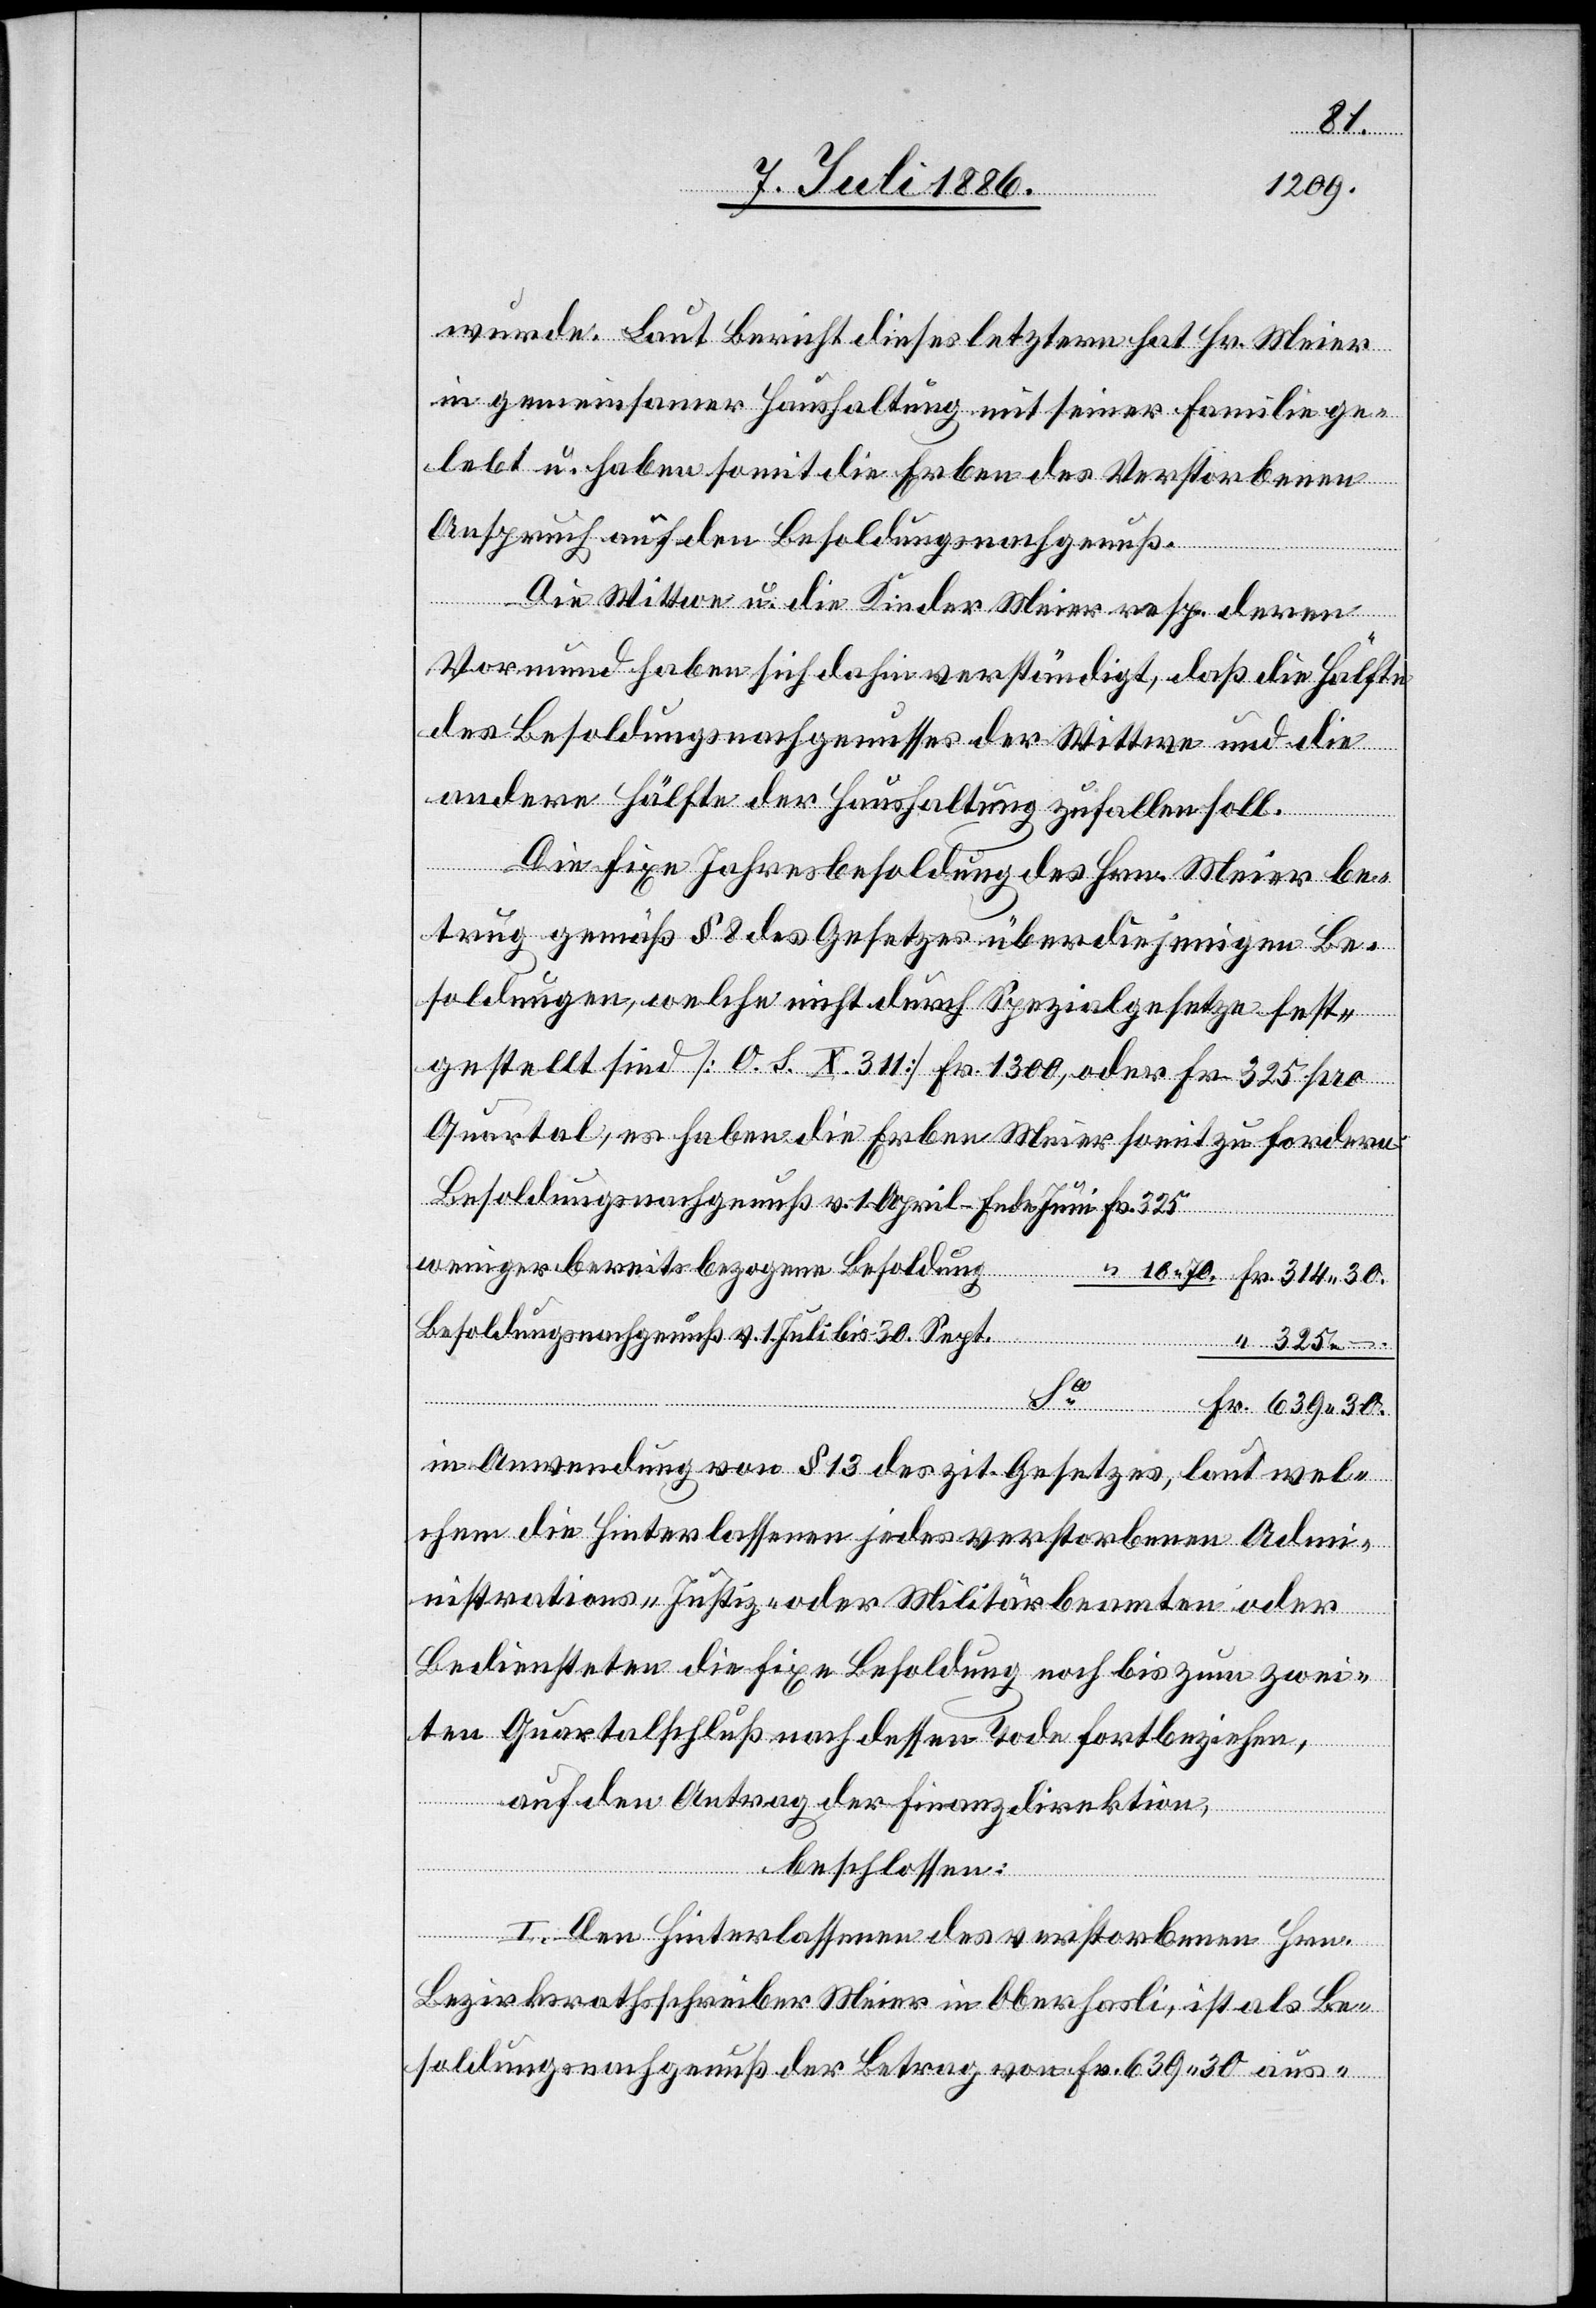
bezogene
wurde. Laut Bericht dieses letztern hat Hr. Meier
in gemeinsamer Haushaltung mit seiner Familie ge¬
lebt u. haben somit die Erben des Verstorbenen
Anspruch auf den Besoldungsnachgenuß.
Die Wittwe u. die Kinder Meier resp. deren
Vormund haben sich dahin verständigt, daß die Hälfte
des Besoldungsnachgenusses der Wittwe und die
andere Hälfte der Haushaltung zufallen soll.
Die fixe Jahresbesoldung des Hrn. Meier be¬
trug gemäß § 8 des Gesetzes über diejenigen Be¬
soldungen, welche nicht durch Spezialgesetze fest¬
gestellt sind [O. S. X. 311] Fr. 1300, oder Fr. 325 pro
Quartal, es haben die Erben Meier somit zu fordern:
Besoldungsnachgenuß v. 1. April–Ende Juni
Besoldungsnachgenuß v. 1. Juli bis 30. Sept.
in Anwendung von § 13 des zit. Gesetzes, laut wel¬
chem die Hinterlassenen jedes verstorbenen Adm¬
inistrations- Justiz- oder Militärbeamten oder
Bediensteten die fixe Besoldung noch bis zum zwei¬
ten Quartalschluß nach dessen Tode fortbeziehen,
Fr.
auf den Antrag der Finanzdirektion,
beschlossen:
I. Den Hinterlassenen des verstorbenen Hrn.
Bezirksrathsschreiber Meier in Oberhasli, ist als Be¬
soldungsnachgenuß der Betrag von Fr. 639 30 aus-